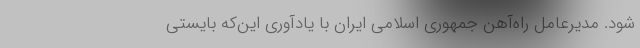
شود. مدیرعامل راه‌آهن جمهوری اسلامی ایران با یادآوری این‌که بایستی